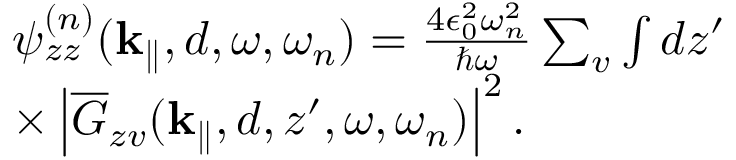
\begin{array} { r l } & { \psi _ { z z } ^ { ( n ) } ( { { \bf k } _ { \parallel } } , d , \omega , \omega _ { n } ) = \frac { 4 \epsilon _ { 0 } ^ { 2 } \omega _ { n } ^ { 2 } } { \hbar \omega } \sum _ { v } \int d z ^ { \prime } } \\ & { \times \left| \overline { G } _ { z v } ( { { \bf k } _ { \parallel } } , d , z ^ { \prime } , \omega , \omega _ { n } ) \right| ^ { 2 } . } \end{array}